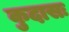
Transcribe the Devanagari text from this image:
कुदासः